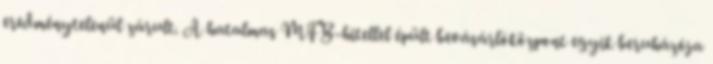
eredménytelenül zárult. A hatalmas MFB-hitellel épült bevásárlóközpont egyik beruházója